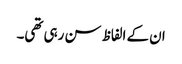
ان کے الفاظ سن رہی تھی۔